Civil Veterinary Dept. Bombay admin report 1907-1913 - 1907-1913
Year: 1907
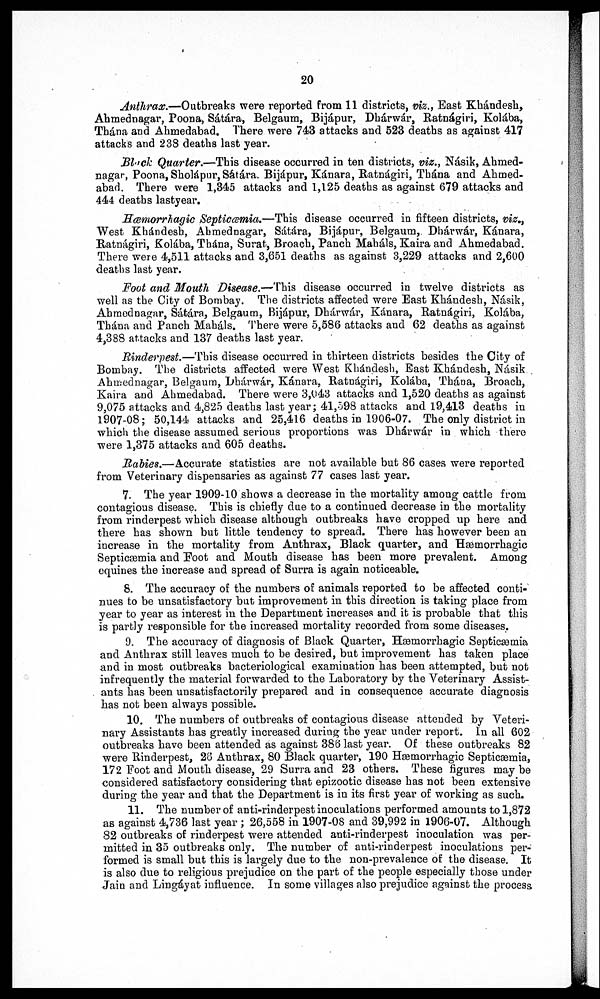
20
Anthrax.—Outbreaks were reported from 11 districts, viz., East Khándesh,
Ahmednagar, Poona, Sátára, Belgaum, Bijápur, Dhárwár, Ratnágiri, Kolába,
Thána and Ahmedabad. There were 743 attacks and 523 deaths as against 417
attacks and 238 deaths last year.
Black Quarter.—This disease occurred in ten districts, viz., Násik, Abmed-
nagar, Poona,Sholapur, Sátára. Bijápur, K&nara, Ratnágiri, Thána and Ahmed-
abad. There were 1,345 attacks and 1,125 deaths as against 679 attacks and
444 deaths lastyear.
Hæmorrhagic Septicæmia.—This disease occurred in fifteen districts, viz, t
West Khándesh, Abmednagar, Sátára, Bijápur, Belgaum,. Dhárwár, Kánara,
Ratnágiri, Kolába, Thána, Surat, Broach, Panch Mahals, Kaira and Ahmedabad.
There were 4,511 attacks and 3,651 deaths as against 3,229 attacks and 2,600
deaths last year.
Foot and Mouth Disease.—This disease occurred in twelve districts as
well as the City of Bombay. The districts affected were East Khándesh, Násik,
Abmednagar, Sátára, Belgaum, Bijápur, Dhárwár, Kánara, Ratnágiri, Kolába,
Thána and Panch Mahals. There were 5,586 attacks and 62 deaths as against
4,388 attacks and 137 deaths last year.
Rinderpest.—This disease occurred in thirteen districts besides the City of
Bombay. The districts affected were West Khándesh, Bast Khándesh, Násik
Ahmednagar, Belgaum, Dhárwár, Kánara, Ratnágiri, Kolába, Thána,
Broach,K
9,075 attacks and 4,825 deaths last year ; 41,598 attacks and 19,413 deaths in
1907-08; 50,144 attacks and 25,416 deaths in 1906-07. The only district in
which the disease assumed serious proportions was Dhárwár in which there
were 1,375 attacks and 605 deaths.
Rabies.—Accurate statistics are not available but 86 cases were reported
from Veterinary dispensaries as against 77 cases last year.
7. The year 1909-10 shows a decrease in the mortality among cattle from
contagious disease. This is chiefly due to a continued decrease in the mortality
from rinderpest which disease although outbreaks have cropped up here and
there has shown but little tendency to spread. There has however been an
increase in the mortality from Anthrax, Black quarter, and Hæmorrhagic
Septicæmia and Foot and Mouth disease has been more prevalent. Among
equines the increase and spread of Surra is again noticeable.
8. The accuracy of the numbers of animals reported to be affected conti-
nues to be unsatisfactory but improvement in this direction is taking place from
year to year as interest in the Department increases and it is probable that this
is partly responsible for the increased mortality recorded from some diseases.
9. The accuracy of diagnosis of Black Quarter, Hæmorrhagic Septicæmia
and Anthrax still leaves much to be desired, but improvement has taken place
and in most outbreaks bacteriological examination has been attempted, but not
infrequently the material forwarded to the Laboratory by the Veterinary Assist-
ants has been unsatisfactorily prepared and in consequence accurate diagnosis
has not been always possible.
10. The numbers of outbreaks of contagious disease attended by Veteri-
nary Assistants has greatly increased during the year under report. In all 602
outbreaks have been attended as against 386 last year. Of these outbreaks 82
were Rinderpest, 28 Anthrax, 80 Black quarter, 190 Hæmorrhagic Septicæmia,
172 Foot and Mouth disease, 29 Surra and 23 others. These figures may be
considered satisfactory considering that epizootic disease has not been extensive
during the year and that the Department is in its first year of working as such.
11. The number of anti-rinderpest inoculations performed amounts to 1,872
as against 4,736 last year ; 26,558 in 1907-08 and 39,992 in 1906-07. Although
82 outbreaks of rinderpest were attended anti-rinderpest inoculation was per-
mitted in 35 outbreaks only. The number of anti-rinderpest inoculations per-
formed is small but this is largely due to the non-prevalence of the disease. It
is also clue to religious prejudice on the part of the people especially those under
Jain and Lingáyat influence. In some villages also prejudice against the process